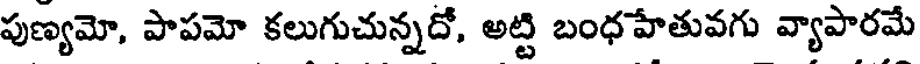
పుణ్యమో, పాపమో కలుగుచున్నదో, అట్టి బంధహేతువగు వ్యాపారమే